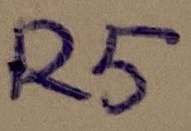
Text: R5